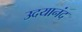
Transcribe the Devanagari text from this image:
उदयानंद